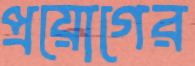
প্রয়োগের